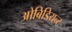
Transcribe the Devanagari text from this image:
ओबिडियन्ट